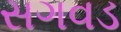
સગવડ